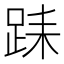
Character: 𨀤